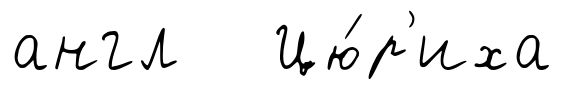
англ Цю́р'иха